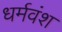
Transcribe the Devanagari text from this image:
धर्मवंश